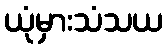
ယုံမှားသံသယ